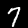
Label: 7